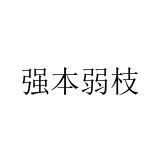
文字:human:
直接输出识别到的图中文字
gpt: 强本弱枝